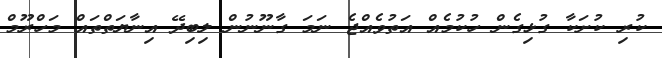
ކުރި ކުށަކާ ގުޅިގެން ހުކުމެއް އަތުވެއްޖެ ނަމަ ގާނޫނުން ލިބިދޭ އިނާޔަތްތައް މަހްރޫމް